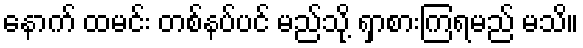
နောက် ထမင်း တစ်နပ်ပင် မည်သို့ ရှာစားကြရမည် မသိ။